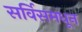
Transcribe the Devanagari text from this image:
सर्विसमधून